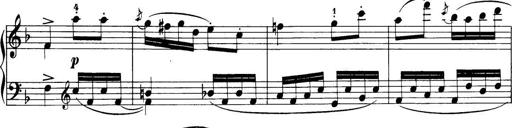
Title: 32 Sonatinas and Rondos for the Piano
Composer: Richard Kleinmichel